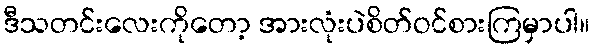
ဒီသတင်းလေးကိုတော့ အားလုံးပဲစိတ်ဝင်စားကြမှာပါ။